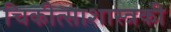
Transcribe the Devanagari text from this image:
चिकीत्साशास्त्रकी